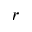
r